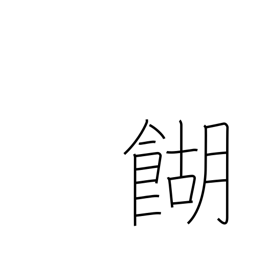
Meaning: rice broth